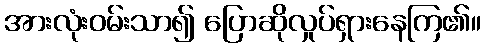
အားလုံးဝမ်းသာ၍ ပြောဆိုလှုပ်ရှားနေကြ၏။